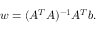
w = ( A ^ { T } A ) ^ { - 1 } A ^ { T } b .